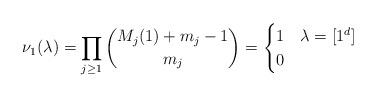
LaTeX: \begin{align*} \nu_1(\lambda) = \prod_{j\geq 1}\binom{M_j(1) + m_j - 1}{m_j} = \begin{cases} 1 & \lambda = [1^d]\\ 0 & \end{cases}\end{align*}